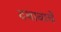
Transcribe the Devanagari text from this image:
दबावाचे